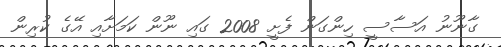
ގާނޫނު އަސާސީ ހިންގަން ފެށީ 2008 ގައި ނޫން ކަމަށާއި އޭގެ ކުރިން